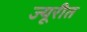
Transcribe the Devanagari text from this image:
ज्यूरीत